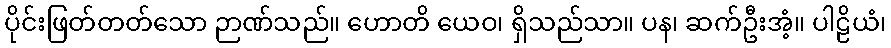
ပိုင်းဖြတ်တတ်သော ဉာဏ်သည်။ ဟောတိ ယေဝ၊ ရှိသည်သာ။ ပန၊ ဆက်ဦးအံ့။ ပါဠိယံ၊